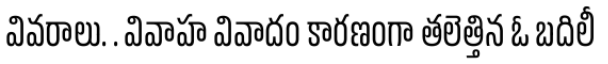
వివరాలు. . వివాహ వివాదం కారణంగా తలెత్తిన ఓ బదిలీ